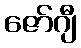
ဇော်ဂျီ